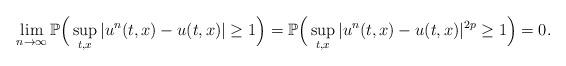
LaTeX: \begin{align*}\lim_{n\rightarrow\infty}\mathbb P\Big(\sup_{t,x}|u^n(t,x)-u(t,x)|\ge1\Big)=\mathbb P\Big(\sup_{t,x}|u^n(t,x)-u(t,x)|^{2p}\ge1\Big)=0.\end{align*}